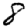
Digit: 8